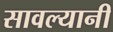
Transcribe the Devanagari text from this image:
सावल्यानी